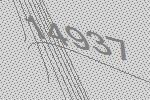
14937